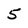
Character: 5